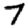
Digit: 7